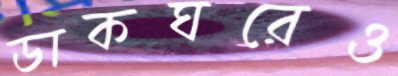
ডাকঘরেও